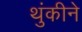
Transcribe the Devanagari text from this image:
थुंकीने